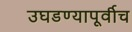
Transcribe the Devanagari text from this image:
उघडण्यापूर्वीच